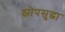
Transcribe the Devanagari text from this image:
झोपसुद्धा